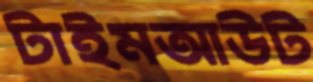
টাইমআউট